Vaccination in Bombay 1924-1928 - 1924-1928
Year: 1924
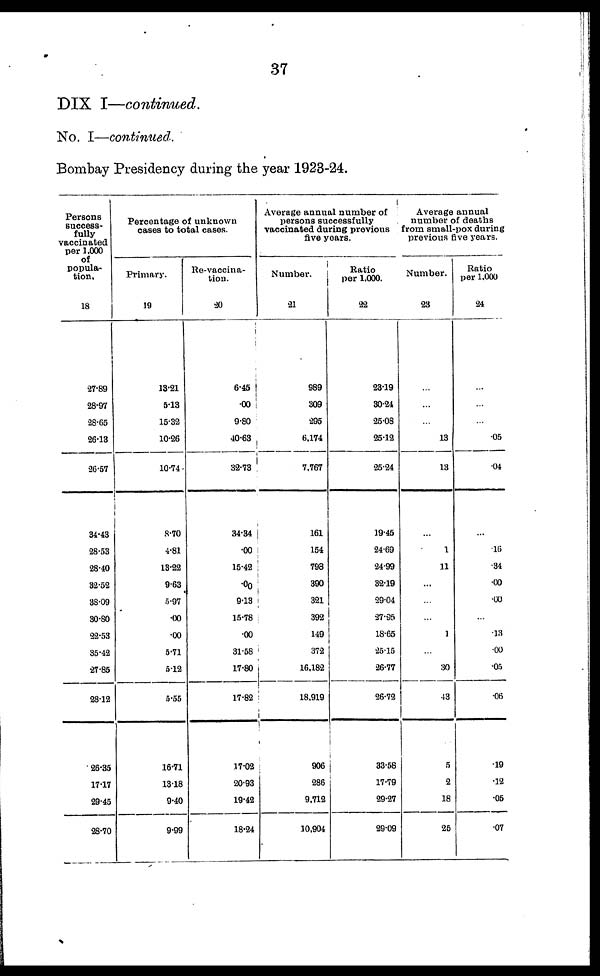
37
DIX I—continued.
No. I—continued.
Bombay Presidency during the year 1923-24.
Persons
success¬
fully
vaccinated
per 1,000
of
popula-
tion.
18
27.89
28.97
28.65
26.13
26.57
34.43
28.53
28.40
32.52
38.09
30.80
22.53
35.42
27.85
28.12
26.35
17.17
29.45
28.70
Percentage of unknown
cases to total cases.
Primary.
19
13.21
5.13
15.32
10.26
16.74 .
8.70
4.81
13.22
9.63
5.97
.00
00
5.71
5.12
5.55
16.71
13.18
9.40
9.99
Re-vaccina-
tion.
20
6.45
.00
9.80
40.63
32.73
34.34
.00
15.42
.00
9.13
15.78
.00
3l.58
17.80
17.82
17.02
20.93
19.42
18.24
Average annual number of
persons successfully
vaccinated during previous
five years.
Number.
21
989
309
295
6,174
7,767
161
154
793
390
321
392
149
372
16.182
18,919
906
286
9.712
10,904
Ratio
per 1,000.
22
23.19
30.24
25.08
25.12
25.24
19.45
24.69
24.99
32.19
29.04
37.35
18.65
25.15
26.77
26.72
33.58
17.79
29.27
29.09
Average annual
number of deaths
from small-pox during
previous five years.
Number.
23
...
...
...
13
13
...
1
11
...
...
...
1
...
30
43
5
2
18
25
Ratio
per 1,000
24
...
...
...
.05
.04
...
16
.34
.00
.00
...
.13
.00
.05
.06
19
.12
.05
.07